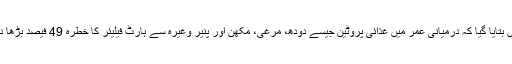
تحقیق میں بتایا گیا کہ درمیانی عمر میں غذائی پروٹین جیسے دودھ، مرغی، مکھن اور پنیر وغیرہ سے ہارٹ فیلیئر کا خطرہ 49 فیصد بڑھا دیتے ہیں۔